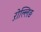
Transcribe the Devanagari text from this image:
ऱोल्लिङ